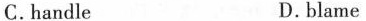
C. handle D. blame